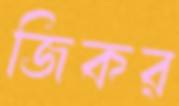
জিকর